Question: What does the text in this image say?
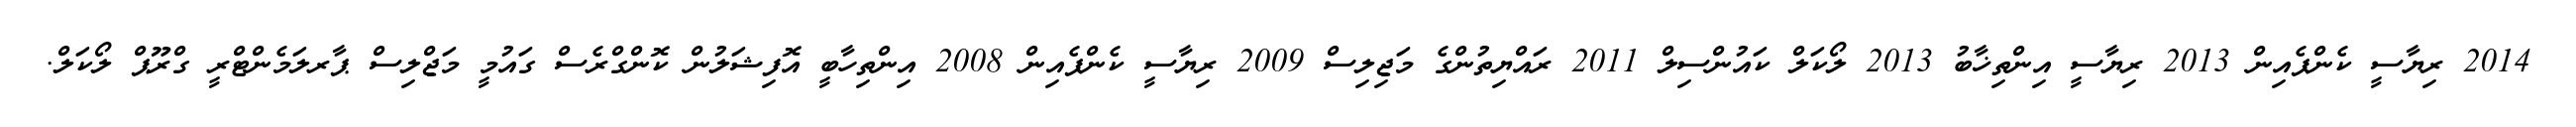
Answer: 2014 ރިޔާސީ ކެންޕެއިން 2013 ރިޔާސީ އިންތިޚާބު 2013 ލޯކަލް ކައުންސިލް 2011 ރައްޔިތުންގެ މަޖިލިސް 2009 ރިޔާސީ ކެންޕެއިން 2008 އިންތިހާބީ އޮފިޝަލުން ކޮންގްރެސް ގައުމީ މަޖްލިސް ޕާރލަމެންޓްރީ ގްރޫޕް ލޯކަލް.